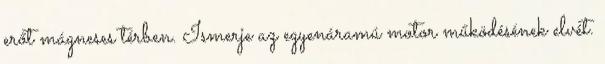
erőt mágneses térben. Ismerje az egyenáramú motor működésének elvét.